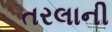
તરલાની